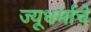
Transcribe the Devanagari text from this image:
ज्यूधर्माचे